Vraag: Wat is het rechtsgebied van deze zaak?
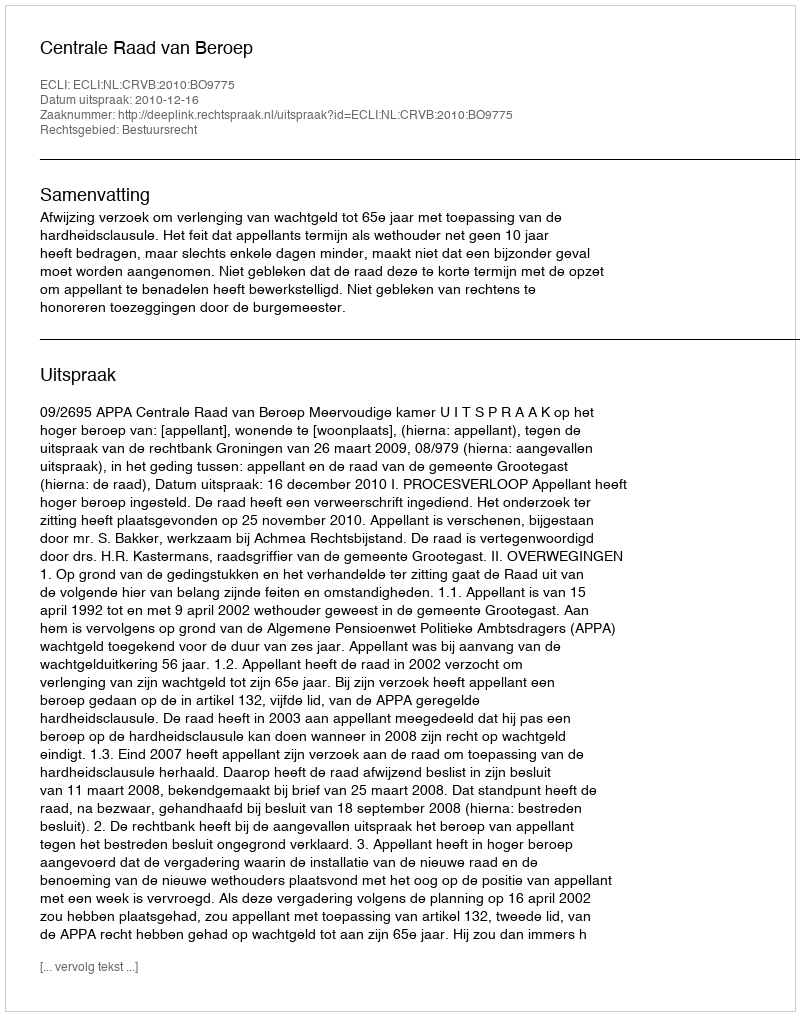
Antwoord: Bestuursrecht